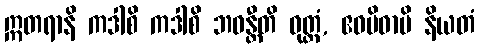
ဣတရာနိ ကဒါစိ ကဒါစိ ဘဝန္တီတိ ဝုတ္တံ, ဧဝမိဓာပိ နိယတံ